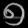
Digit: ၅